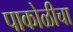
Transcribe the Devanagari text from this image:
पाकोळीचा